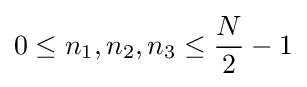
0\leq n_{1},n_{2},n_{3}\leq {\frac {N}{2}}-1